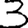
Digit: 3